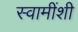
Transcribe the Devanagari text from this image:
स्वामींशी